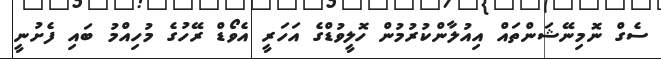
ސެގް ނޮމިނޭޝަންތައް އިއުލާންކުރުމުން ހޮލީވުޑްގެ އަހަރީ އެވޯޑް ރޭހުގެ މުހިއްމު ބައި ފެށުނީ